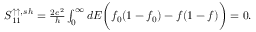
\begin{array} { r } { { S _ { 1 1 } ^ { \uparrow \uparrow , s h } = \frac { 2 e ^ { 2 } } { h } \int _ { 0 } ^ { \infty } d E \bigg ( f _ { 0 } ( 1 - f _ { 0 } ) - f ( 1 - f ) \bigg ) = 0 . } } \end{array}